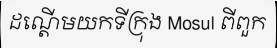
ដណ្តើមយកទីក្រុង Mosul ពីពួក